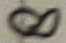
Text: 8